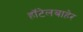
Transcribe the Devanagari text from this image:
हॉटेलबाहेर